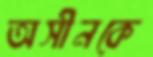
অসীনকে